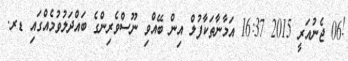
!06 ޖެނުއަރީ 2015 16:37 އަމާނާތަކާފުލް އިން ބޭއްވި ނޫސްވެރިންގެ ބައްދަލުވުމެއްގައި ޑރ.